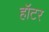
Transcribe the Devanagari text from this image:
हॉटर